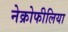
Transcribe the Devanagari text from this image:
नेक्रोफीलिया